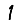
Digit: 1